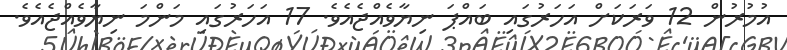
އުމުރުން 12 ވަރަކަށް އަހަރުގައި ބައްޕަ ނިޔާވެއްޖެއެވެ. 17 އަހަރުގައި މަންމަ ނިޔާވެއްޖެއެވެ.